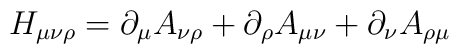
H_{\mu\nu\rho}=\partial_\mu A_{\nu\rho}+\partial_\rho A_{\mu\nu}+\partial_\nu A_{\rho\mu}